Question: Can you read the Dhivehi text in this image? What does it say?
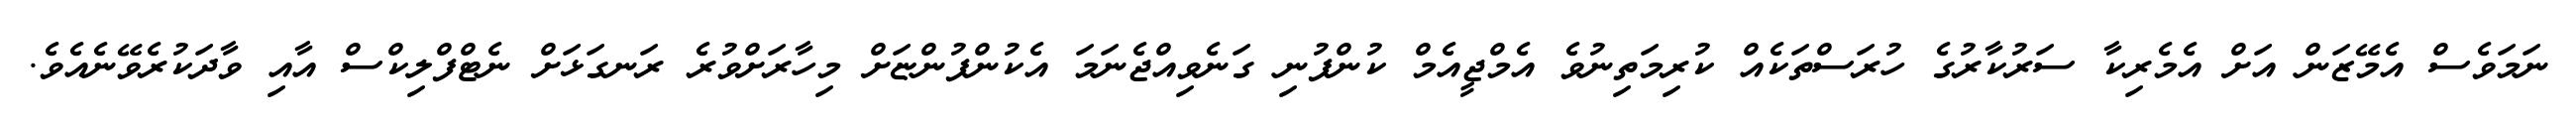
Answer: ނަމަވެސް އެމޭޒަން އަށް އެމެރިކާ ސަރުކާރުގެ ހުރަސްތަކެއް ކުރިމަތިނުވެ އެމްޖީއެމް ކުންފުނި ގަނެވިއްޖެނަމަ އެކުންފުންޏަށް މިހާރަށްވުރެ ރަނގަޅަށް ނެޓްފްލިކްސް އާއި ވާދަކުރެވޭނެއެވެ.